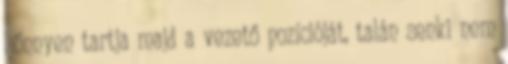
könnyen tartja majd a vezető pozícióját, talán senki nem